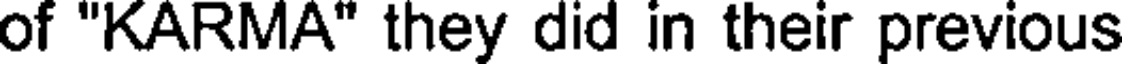
of "KARMA" they did in their previous